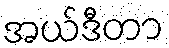
အယ်ဒီတာ